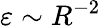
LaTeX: \varepsilon\sim R^{-2}